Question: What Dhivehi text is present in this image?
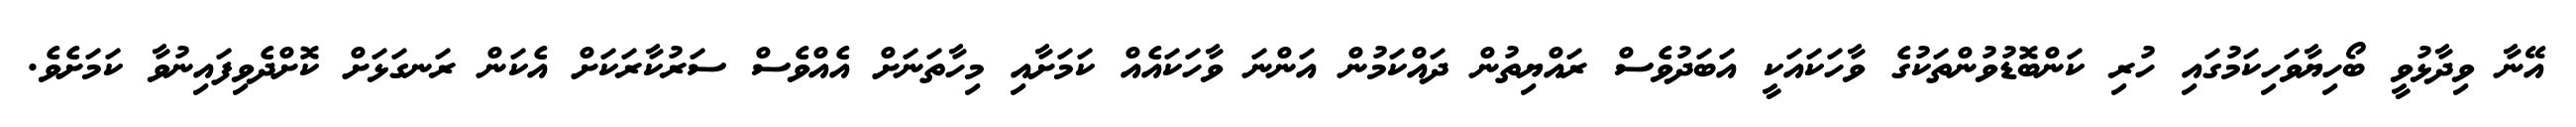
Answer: އޭނާ ވިދާޅުވީ ބޯހިޔާވަހިކަމުގައި ހުރި ކަންބޮޑުވުންތަކުގެ ވާހަކައަކީ އަބަދުވެސް ރައްޔިތުން ދައްކަމުން އަންނަ ވާހަކައެއް ކަމަށާއި މިހާތަނަށް އެއްވެސް ސަރުކާރަކަށް އެކަން ރަނގަޅަށް ކޮށްދެވިފައިނުވާ ކަމަށެވެ.